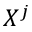
X ^ { j }